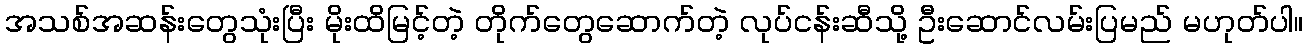
အသစ်အဆန်းတွေသုံးပြီး မိုးထိမြင့်တဲ့ တိုက်တွေဆောက်တဲ့ လုပ်ငန်းဆီသို့ ဦးဆောင်လမ်းပြမည် မဟုတ်ပါ။